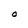
Character: O